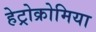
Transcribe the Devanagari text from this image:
हेट्रोक्रोमिया